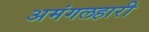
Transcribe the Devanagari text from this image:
अमंगलहारी